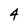
Character: 4